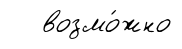
возмо́жно